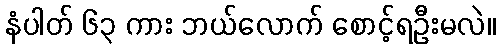
နံပါတ် ၆၃ ကား ဘယ်လောက် စောင့်ရဦးမလဲ။